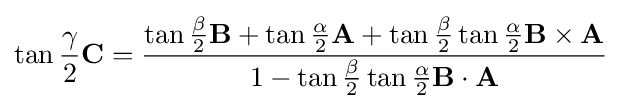
\tan {\frac {\gamma }{2}}\mathbf {C} ={\frac {\tan {\frac {\beta }{2}}\mathbf {B} +\tan {\frac {\alpha }{2}}\mathbf {A} +\tan {\frac {\beta }{2}}\tan {\frac {\alpha }{2}}\mathbf {B} \times \mathbf {A} }{1-\tan {\frac {\beta }{2}}\tan {\frac {\alpha }{2}}\mathbf {B} \cdot \mathbf {A} }}